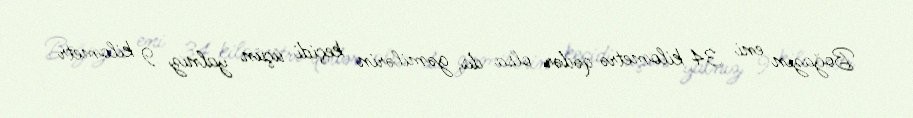
Boğazın eni 34 kilometrə qədər olsa da, gəmilərin keçidi üçün yalnız 9 kilometr